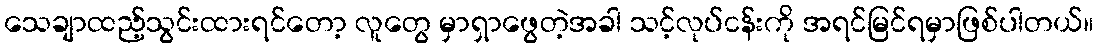
သေချာထည့်သွင်းထားရင်တော့ လူတွေ မှာရှာဖွေတဲ့အခါ သင့်လုပ်ငန်းကို အရင်မြင်ရမှာဖြစ်ပါတယ်။